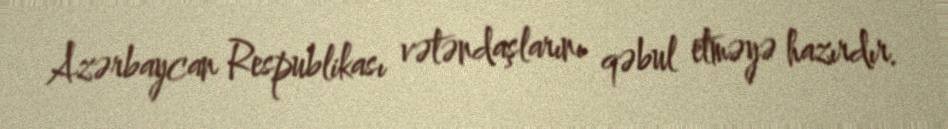
Azərbaycan Respublikası vətəndaşlarını qəbul etməyə hazırdır.